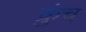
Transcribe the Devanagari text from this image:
क्रुंच